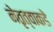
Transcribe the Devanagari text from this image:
नेतृत्वाकडे